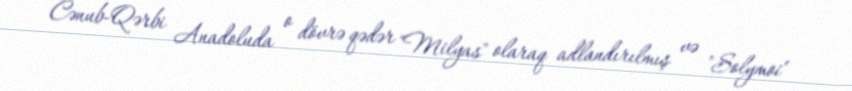
Cənub-Qərbi Anadoluda o dövrə qədər "Milyas" olaraq adlandırılmış və "Solymoi"